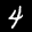
Label: 4